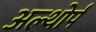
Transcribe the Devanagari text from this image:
अल्थोर्प